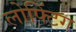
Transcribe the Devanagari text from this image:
लोफ्टिंग